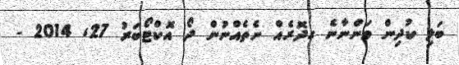
ބަލި ކުދިން ވަންނާނެ ގދޮރެއް ނެތެއްނުން ދޯ އޮކްޓޯބަރު 27